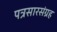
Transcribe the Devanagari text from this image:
पत्रसारसंग्रह